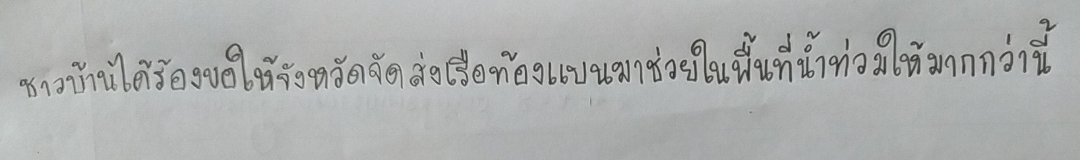
ชาวบ้านได้ร้องขอให้จังหวัดจัดส่งเรือท้องแบนมาช่วยในพื้นที่น้ำท่วมให้มากกว่านี้